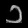
Digit: ၁